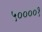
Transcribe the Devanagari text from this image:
५००००१